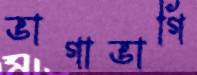
ভাগাভাগি